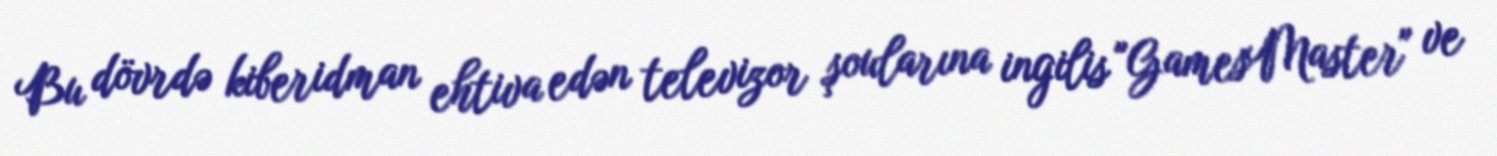
Bu dövrdə kiberidman ehtiva edən televizor şoularına ingilis "GamesMaster" ve